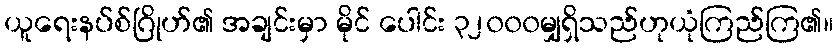
ယူရေးနပ်စ်ဂြိုဟ်၏ အချင်းမှာ မိုင် ပေါင်း ၃၂၀၀၀မျှရှိသည်ဟုယုံကြည်ကြ၏။